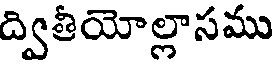
ద్వితీయోల్లాసము